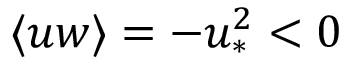
\langle u w \rangle = - u _ { \ast } ^ { 2 } < 0